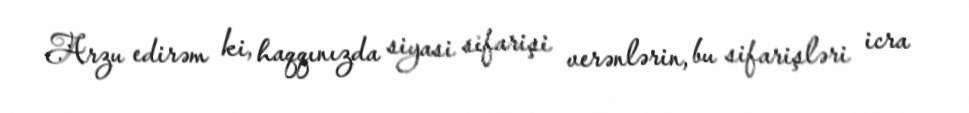
Arzu edirəm ki, haqqınızda siyasi sifarişi verənlərin, bu sifarişləri icra